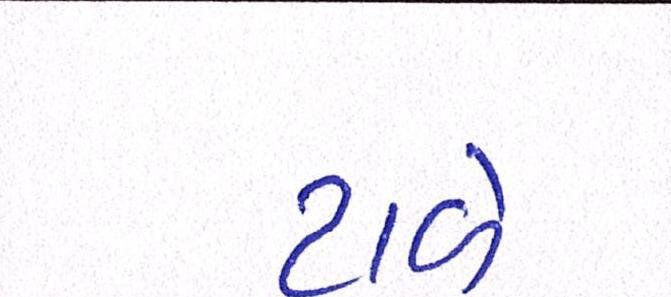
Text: ટાળે